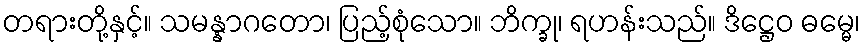
တရားတို့နှင့်။ သမန္နာဂတော၊ ပြည့်စုံသော။ ဘိက္ခု၊ ရဟန်းသည်။ ဒိဋ္ဌေဝ ဓမ္မေ၊